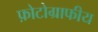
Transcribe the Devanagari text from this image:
फ़ोटोग्राफीय